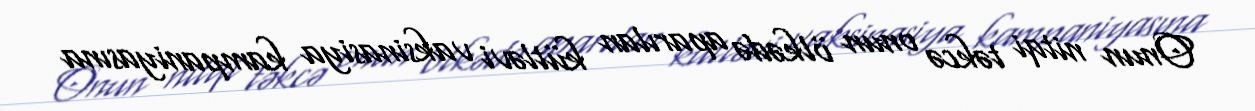
Onun nitqi təkcə onun ölkədə aparılan kütləvi vaksinasiya kampaniyasına